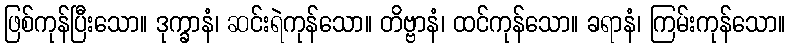
ဖြစ်ကုန်ပြီးသော။ ဒုက္ခာနံ၊ ဆင်းရဲကုန်သော။ တိဗ္ဗာနံ၊ ထင်ကုန်သော။ ခရာနံ၊ ကြမ်းကုန်သော။